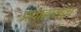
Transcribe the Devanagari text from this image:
प्रवाहालाच